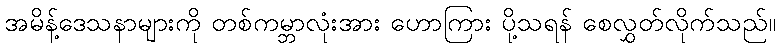
အမိန့်ဒေသနာများကို တစ်ကမ္ဘာလုံးအား ဟောကြား ပို့သရန် စေလွှတ်လိုက်သည်။